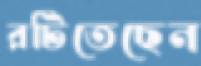
রটিতেছেন